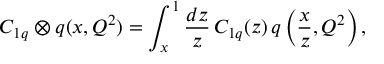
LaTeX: C _ { 1 q } \otimes q ( x , Q ^ { 2 } ) = \int _ { x } ^ { 1 } \frac { d z } { z } \, C _ { 1 q } ( z ) \, q \left( \frac { x } { z } , Q ^ { 2 } \right) ,